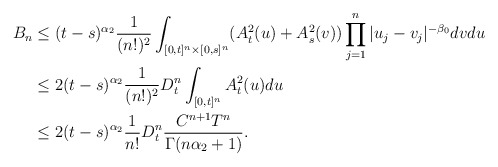
\begin{align*} B_n&\le (t-s)^{\alpha_2} \frac1{(n!)^2} \int_{[0,t]^n\times[0,s]^n} (A_t^2(u) + A_s^2(v)) \prod_{j=1}^n|u_j-v_j|^{-\beta_0}dvdu\\ &\le 2(t-s)^{\alpha_2} \frac1{(n!)^2} D_t^n \int_{[0,t]^n} A_t^2(u)du\\ &\le 2(t-s)^{\alpha_2} \frac1{n!} D_t^n \frac{C^{n+1}T^n}{\Gamma(n\alpha_2+1)}. \end{align*}